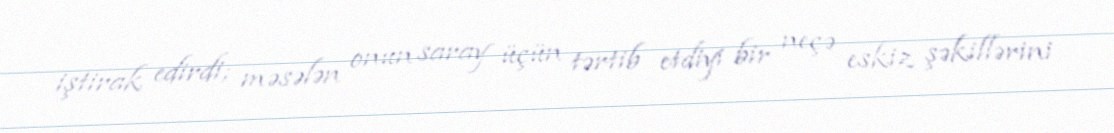
iştirak edirdi; məsələn onun saray üçün tərtib etdiyi bir neçə eskiz şəkillərini